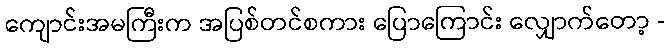
ကျောင်းအမကြီးက အပြစ်တင်စကား ပြောကြောင်း လျှောက်တော့ -